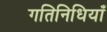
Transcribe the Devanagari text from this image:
गतिनिधियाँ